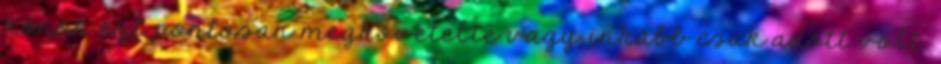
körök ezt pontosan megkövetelte vagy inkább csak adott volt.